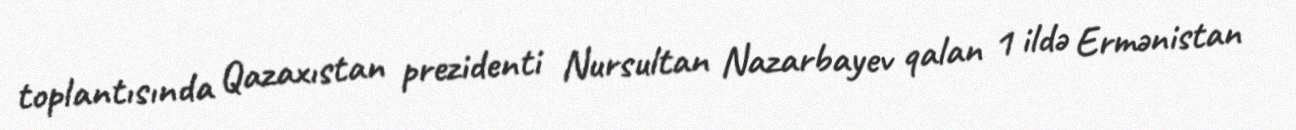
toplantısında Qazaxıstan prezidenti Nursultan Nazarbayev qalan 1 ildə Ermənistan